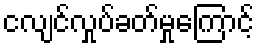
ငလျင်လှုပ်ခတ်မှုကြောင့်